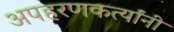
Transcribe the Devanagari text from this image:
अपहरणकर्त्यांनी